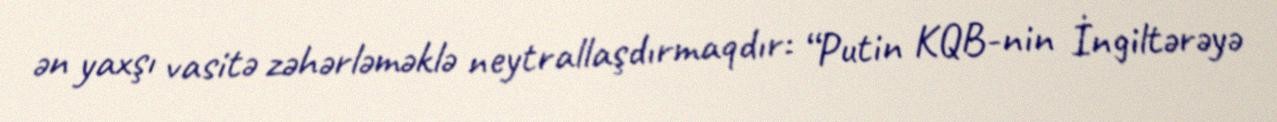
ən yaxşı vasitə zəhərləməklə neytrallaşdırmaqdır: “Putin KQB-nin İngiltərəyə